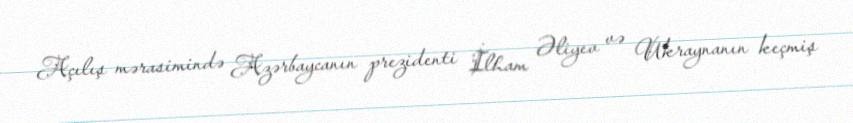
Açılış mərasimində Azərbaycanın prezidenti İlham Əliyev və Ukraynanın keçmiş